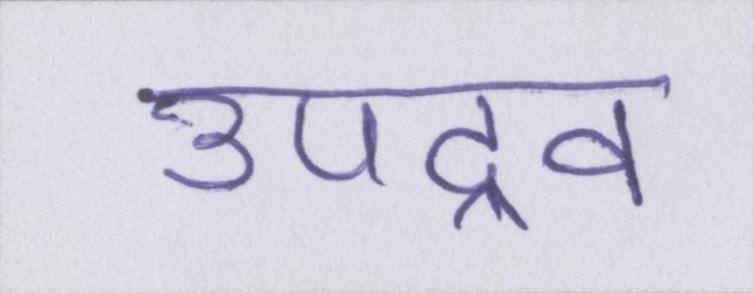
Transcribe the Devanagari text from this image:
उपद्रव